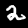
Digit: 2